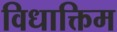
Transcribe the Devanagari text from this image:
विधाक्तिम